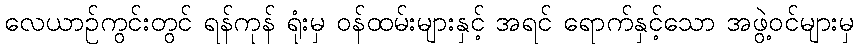
လေယာဉ်ကွင်းတွင် ရန်ကုန် ရုံးမှ ဝန်ထမ်းများနှင့် အရင် ရောက်နှင့်သော အဖွဲ့ဝင်များမှ